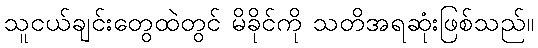
သူငယ်ချင်းတွေထဲတွင် မိခိုင်ကို သတိအရဆုံးဖြစ်သည်။